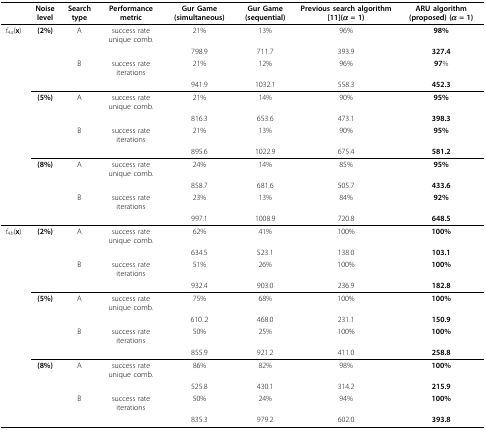
|  | Noise level | Search type | Performance metric | Gur Game (simultaneous) | Gur Game (sequential) | Previous search algorithm [11](α = 1) | ARU algorithm (proposed) (α = 1) |
 | --- | --- | --- | --- | --- | --- | --- | --- |
 | f4a(x) | (2%) | A | success rate unique comb. | 21% | 13% | 96% | 98% |
 |  |  |  |  | 798.9 | 711.7 | 393.9 | 327.4 |
 |  |  | B | success rate iterations | 21% | 12% | 96% | 97% |
 |  |  |  |  | 941.9 | 1032.1 | 558.3 | 452.3 |
 |  | (5%) | A | success rate unique comb. | 21% | 14% | 90% | 95% |
 |  |  |  |  | 816.3 | 653.6 | 473.1 | 398.3 |
 |  |  | B | success rate iterations | 21% | 13% | 90% | 95% |
 |  |  |  |  | 895.6 | 1022.9 | 675.4 | 581.2 |
 |  | (8%) | A | success rate unique comb. | 24% | 14% | 85% | 95% |
 |  |  |  |  | 858.7 | 681.6 | 505.7 | 433.6 |
 |  |  | B | success rate iterations | 23% | 13% | 84% | 92% |
 |  |  |  |  | 997.1 | 1008.9 | 720.8 | 648.5 |
 | f4b(x) | (2%) | A | success rate unique comb. | 62% | 41% | 100% | 100% |
 |  |  |  |  | 634.5 | 523.1 | 138.0 | 103.1 |
 |  |  | B | success rate iterations | 51% | 26% | 100% | 100% |
 |  |  |  |  | 932.4 | 903.0 | 236.9 | 182.8 |
 |  | (5%) | A | success rate unique comb. | 75% | 68% | 100% | 100% |
 |  |  |  |  | 610..2 | 468.0 | 231.1 | 150.9 |
 |  |  | B | success rate iterations | 50% | 25% | 100% | 100% |
 |  |  |  |  | 855.9 | 921.2 | 411.0 | 258.8 |
 |  | (8%) | A | success rate unique comb. | 86% | 82% | 98% | 100% |
 |  |  |  |  | 525.8 | 430.1 | 314.2 | 215.9 |
 |  |  | B | success rate iterations | 50% | 24% | 94% | 100% |
 |  |  |  |  | 835.3 | 979.2 | 602.0 | 393.8 |